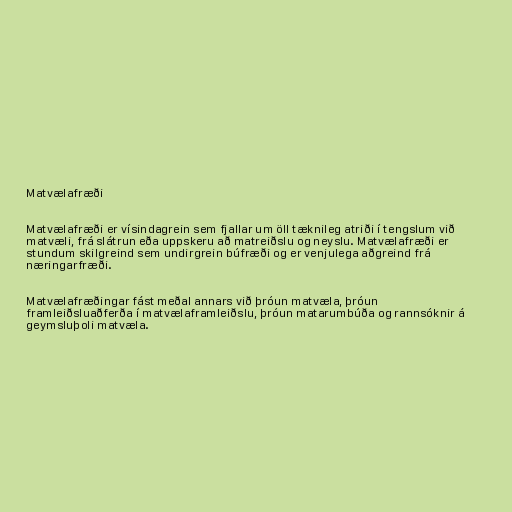
Matvælafræði

Matvælafræði er vísindagrein sem fjallar um öll tæknileg atriði í tengslum við
matvæli, frá slátrun eða uppskeru að matreiðslu og neyslu. Matvælafræði er
stundum skilgreind sem undirgrein búfræði og er venjulega aðgreind frá
næringarfræði.

Matvælafræðingar fást meðal annars við þróun matvæla, þróun
framleiðsluaðferða í matvælaframleiðslu, þróun matarumbúða og rannsóknir á
geymsluþoli matvæla.